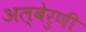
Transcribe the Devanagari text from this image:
अल्बेरुणी